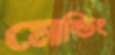
মোল্ডিং